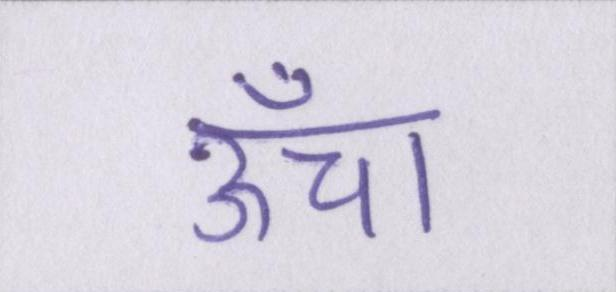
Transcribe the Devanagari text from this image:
ऊँचा